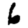
Digit: 6